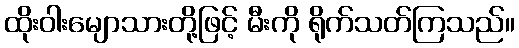
ထိုးဝါးမျောသားတို့ဖြင့် မီးကို ရိုက်သတ်ကြသည်။